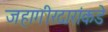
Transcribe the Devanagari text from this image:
जहागीरदारांकडे